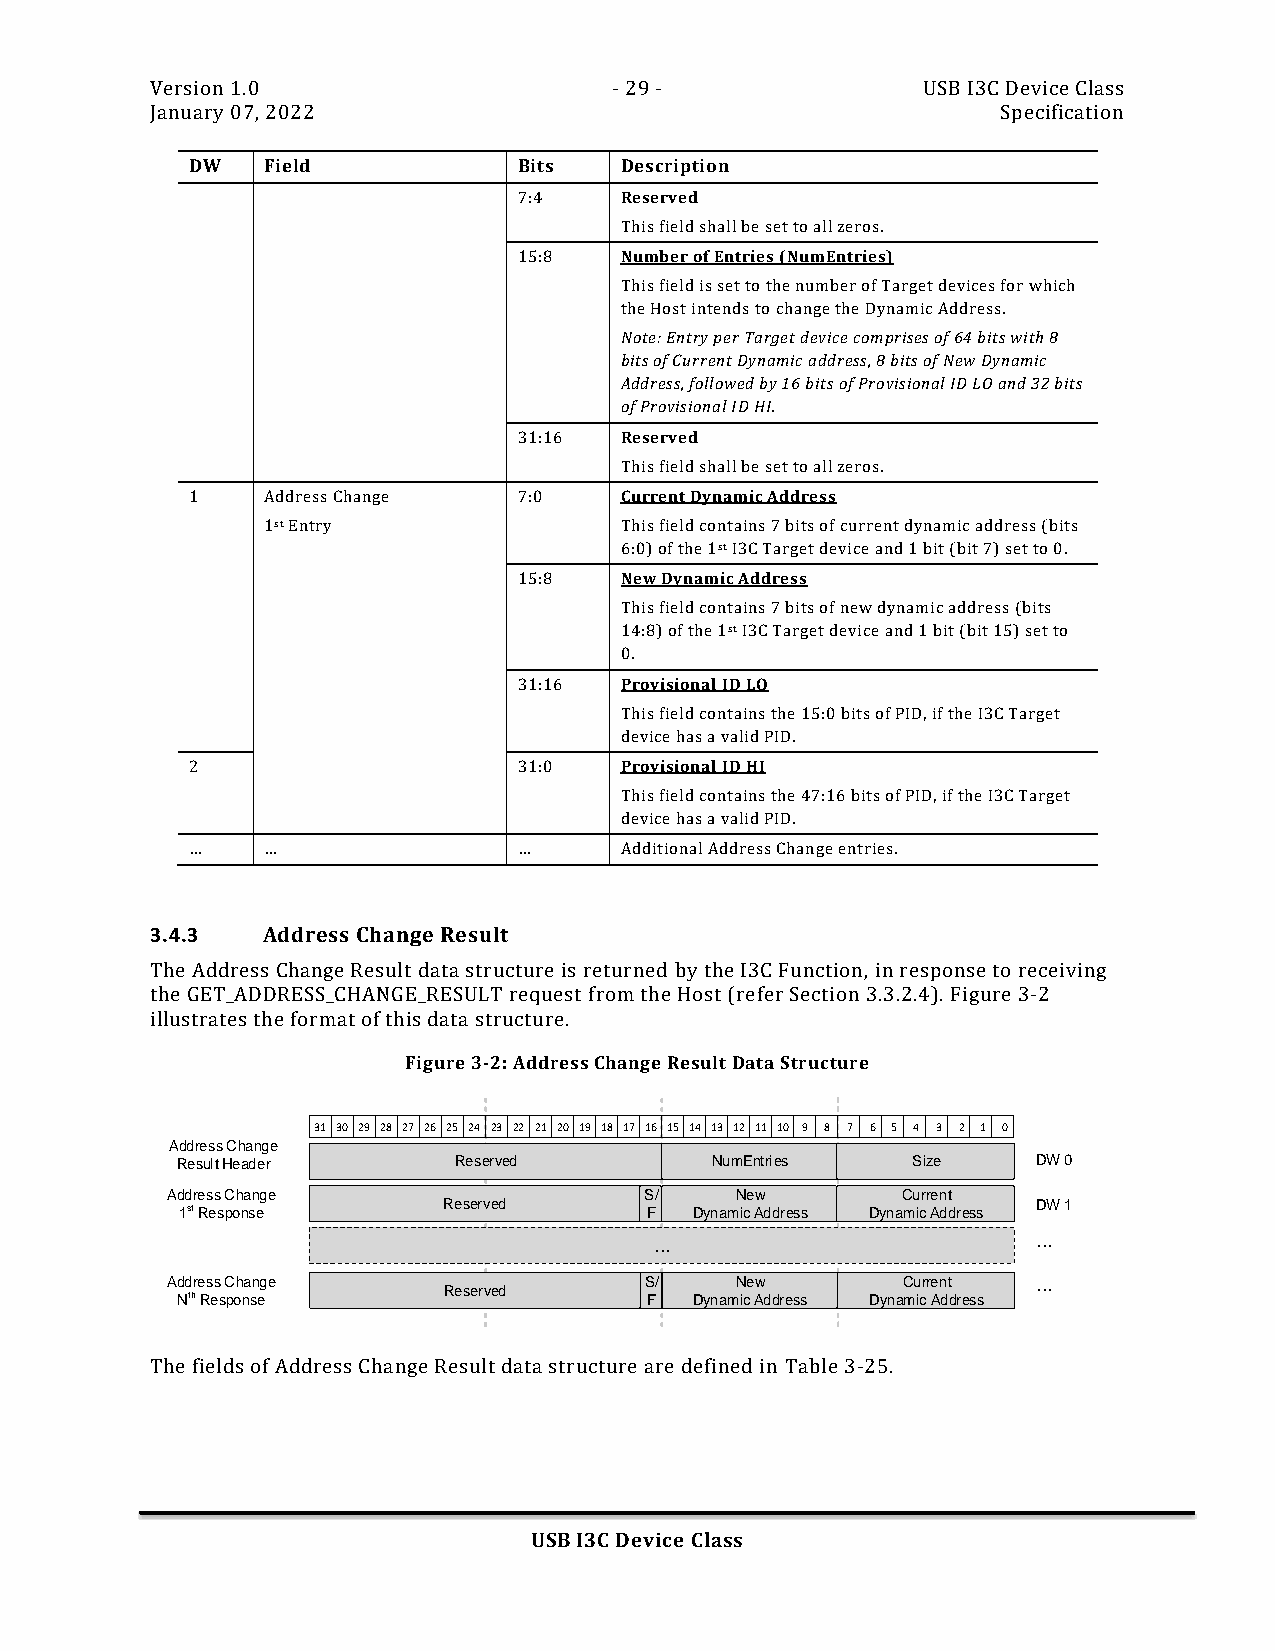
Version 1.0                    - 29 -              USB I3C Device Class
 January 07, 2022                                        Specification
 DW  Field            Bits   Description
 7:4    Reserved
 This field shall be set to all zeros.
 15:8   Number of Entries (NumEntries)
 This field is set to the number of Target devices for which
 the Host intends to change the Dynamic Address.
 Note: Entry per Target device comprises of 64 bits with 8
 bits of Current Dynamic address, 8 bits of New Dynamic
 Address, followed by 16 bits of Provisional ID LO and 32 bits
 of Provisional ID HI.
 31:16  Reserved
 This field shall be set to all zeros.
 1   Address Change   7:0    Current Dynamic Address
 1st Entry               This field contains 7 bits of current dynamic address (bits
 6:0) of the 1st I3C Target device and 1 bit (bit 7) set to 0.
 15:8   New Dynamic Address
 This field contains 7 bits of new dynamic address (bits
 14:8) of the 1st I3C Target device and 1 bit (bit 15) set to
 0.
 31:16  Provisional ID LO
 This field contains the 15:0 bits of PID, if the I3C Target
 device has a valid PID.
 2                    31:0   Provisional ID HI
 This field contains the 47:16 bits of PID, if the I3C Target
 device has a valid PID.
 …   …                …      Additional Address Change entries.
 3.4.3  Address Change Result
 The Address Change Result data structure is returned by the I3C Function, in response to receiving
 the GET_ADDRESS_CHANGE_RESULT request from the Host (refer Section 3.3.2.4). Figure 3-2
 illustrates the format of this data structure.
 Figure 3-2: Address Change Result Data Structure
 31 30 29 28 27 26 25 24 23 22 21 20 19 18 17 16 15 14 13 12 11 10 9 8 7 6 5 4 3 2 1 0
 Address Change
 Result Header     Reserved         NumEntries   Size     DW 0
 Address Change                  S/    New        Current
 1st Response     Reserved      F  Dynamic Address Dynamic Address DW 1
 ...                       ...
 Address Change                  S/    New        Current  ...
 Reserved
 Nth Response                   F  Dynamic Address Dynamic Address
 The fields of Address Change Result data structure are defined in Table 3-25.
 USB I3C Device Class